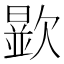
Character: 𣤞